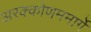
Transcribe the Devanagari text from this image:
अरक्कोणममार्गे